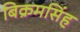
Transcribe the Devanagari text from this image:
बिक्रमसिंह